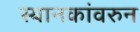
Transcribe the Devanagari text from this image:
स्थानकांवरुन